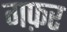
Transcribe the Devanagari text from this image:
गफ़र